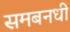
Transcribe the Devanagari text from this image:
समबनधी